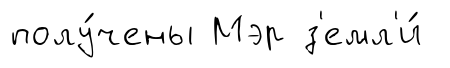
полу́чены Мэр з'емл'и́